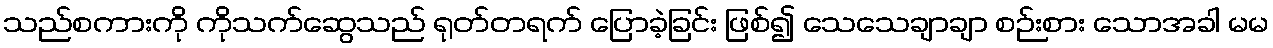
သည်စကားကို ကိုသက်ဆွေသည် ရုတ်တရက် ပြောခဲ့ခြင်း ဖြစ်၍ သေသေချာချာ စဉ်းစား သောအခါ မမ